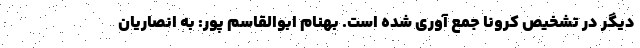
دیگر در تشخیص کرونا جمع آوری شده است. بهنام ابوالقاسم پور: به انصاریان